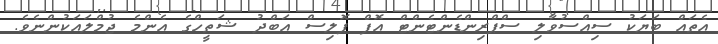
އެތައް ބަޔަކު ސިއްސުވާލި ސްޕްރިންޑެންޓެންޓް އޮފް ޕޮލިސް އަބްދު ޝަތީހްގެ އެންމެ ޖުމްލައަކުންނެވެ.